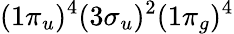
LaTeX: (1\pi_{u})^{4}(3\sigma_{u})^{2}(1\pi_{g})^{4}